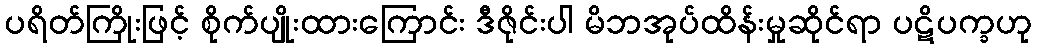
ပရိတ်ကြိုးဖြင့် စိုက်ပျိုးထားကြောင်း ဒီဇိုင်းပါ မိဘအုပ်ထိန်းမှုဆိုင်ရာ ပဋိပက္ခဟု